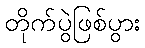
တိုက်ပွဲဖြစ်ပွား